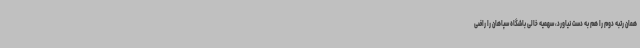
همان رتبه دوم را هم به دست نیاورد، سهمیه خالی باشگاه سپاهان را راضی